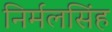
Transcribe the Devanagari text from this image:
निर्मलसिंह